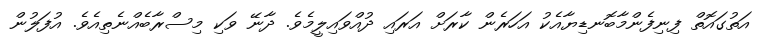
އަތުގައޮތް ފިނިފެންމާބޮނޑިޔާއެކު އަހަރެން ކާރަށް އަރައި ދުއްވައިލީމެވެ. ދާނޭ ވަކި މިސްރާބެއްނެތިއެވެ. އުފަލުން